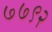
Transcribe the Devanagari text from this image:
७७९२